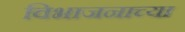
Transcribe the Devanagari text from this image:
विभाजनाच्या